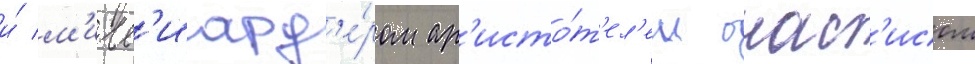
и́ м'илл'иард'е́ром ар'исто́т'ел'ем онас'исом